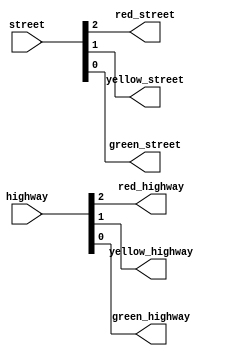
`timescale 1ns / 1ps
//////////////////////////////////////////////////////////////////////////////////
// Company: 
// Engineer: 
// 
// Design Name: 
// Module Name:    LightDecoder 
// Project Name: 
// Target Devices: 
// Tool versions: 
// Description: 
//
// Dependencies: 
//
// Revision: 
// Revision 0.01 - File Created
// Additional Comments: 
//
//////////////////////////////////////////////////////////////////////////////////
module LightDecoder(
    input [2:0] highway,
    input [2:0] street,
    output red_highway,
    output yellow_highway,
    output green_highway,
    output red_street,
    output yellow_street,
    output green_street
    );
	 
	 assign red_highway = highway[2];
	 assign yellow_highway = highway[1];
	 assign green_highway = highway[0];
	 assign red_street = street[2];
	 assign yellow_street = street[1];
	 assign green_street = street[0]; 

endmodule